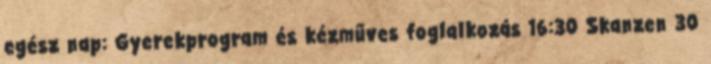
egész nap: Gyerekprogram és kézműves foglalkozás 16:30 Skanzen 30